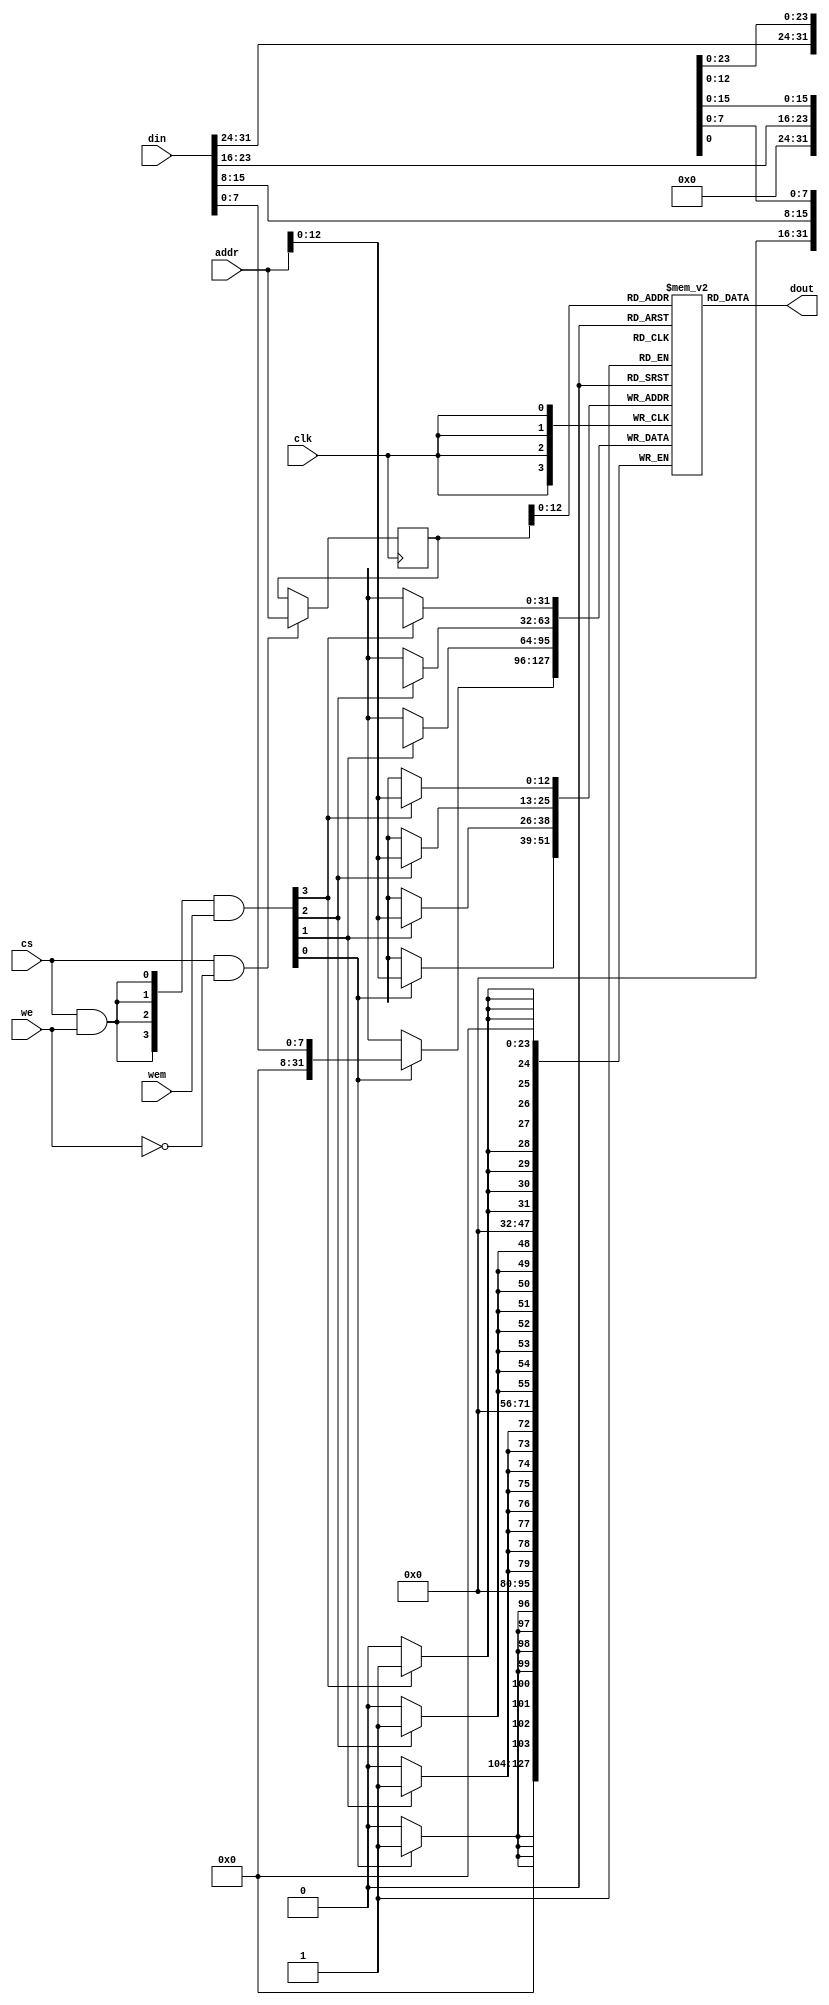
 `timescale 1ns / 1ps
 /*                                                                      
 Copyright 2018-2020 Nuclei System Technology, Inc.                
                                                                         
 Licensed under the Apache License, Version 2.0 (the "License");         
 you may not use this file except in compliance with the License.        
 You may obtain a copy of the License at                                 
                                                                         
     http://www.apache.org/licenses/LICENSE-2.0                          
                                                                         
  Unless required by applicable law or agreed to in writing, software    
 distributed under the License is distributed on an "AS IS" BASIS,       
 WITHOUT WARRANTIES OR CONDITIONS OF ANY KIND, either express or implied.
 See the License for the specific language governing permissions and     
 limitations under the License.                                          
 */                                                                      
                                                                         
                                                                         
                                                                         
//=====================================================================
//
// Designer   : Bob Hu
//
// Description:
//  The simulation model of SRAM
//
// ====================================================================

module sirv_sim_ram_all_parameter
#(parameter DP = 8192,
  parameter FORCE_X2ZERO = 0,
  parameter DW = 32,
  parameter MW = 4,
  parameter AW = 16 
)
(
  input             clk, 
  input  [DW-1  :0] din, 
  input  [AW-1  :0] addr,
  input             cs, //make sure you enable it for both read and write
  input             we, //enable it when write, disable it when read
  input  [MW-1:0]   wem,//only uesd when write
  output [DW-1:0]   dout
);

    reg [DW-1:0] mem_r [0:DP-1];
    
    integer ii;
    initial begin //$readmemh("C:/Users/Allen/Desktop/minst_vfinal/matlab_minst1/all_perameter.txt", mem_r); 
    end
    
    reg [AW-1:0] addr_r;
    wire [MW-1:0] wen;
    wire ren;

    assign ren = cs & (~we);
    assign wen = ({MW{cs & we}} & wem);





    always @(posedge clk)
    begin
        if (ren) begin
            addr_r <= addr;
        end
    end
    genvar i;
    generate
      for (i = 0; i < MW; i = i+1) begin :mem
        if((8*i+8) > DW ) begin: last
          always @(posedge clk) begin
            if (wen[i]) begin
               mem_r[addr][DW-1:8*i] <= din[DW-1:8*i];
            end
          end
        end
        else begin: non_last
          always @(posedge clk) begin
            if (wen[i]) begin
               mem_r[addr][8*i+7:8*i] <= din[8*i+7:8*i];
            end
          end
        end
      end
    endgenerate

  wire [DW-1:0] dout_pre;
  assign dout_pre = mem_r[addr_r];

  generate
   if(FORCE_X2ZERO == 1) begin: force_x_to_zero
      for (i = 0; i < DW; i = i+1) begin:force_x_gen 
          `ifndef SYNTHESIS//{
         assign dout[i] = (dout_pre[i] === 1'bx) ? 1'b0 : dout_pre[i];
          `else//}{
         assign dout[i] = dout_pre[i];
          `endif//}
      end
   end
   else begin:no_force_x_to_zero
     assign dout = dout_pre;
   end
  endgenerate

 
endmodule